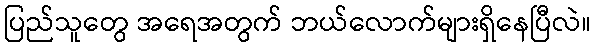
ပြည်သူတွေ အရေအတွက် ဘယ်လောက်များရှိနေပြီလဲ။